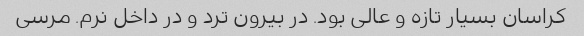
کراسان بسیار تازه و عالی بود. در بیرون ترد و در داخل نرم. مرسی